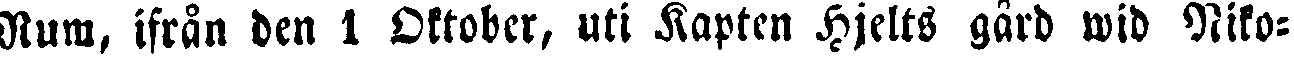
Rum, ifrån den 1 Oktober, uti Kapten Hjelts gård wid Niko-